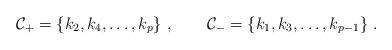
LaTeX: \begin{align*}{\cal C}_+=\{k_2,k_4,\ldots,k_p\}\ ,\qquad{\cal C}_-=\{k_1,k_3,\ldots,k_{p-1}\}\ .\end{align*}